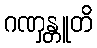
ဂဏှန္တူတိ